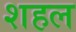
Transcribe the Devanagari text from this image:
शहल